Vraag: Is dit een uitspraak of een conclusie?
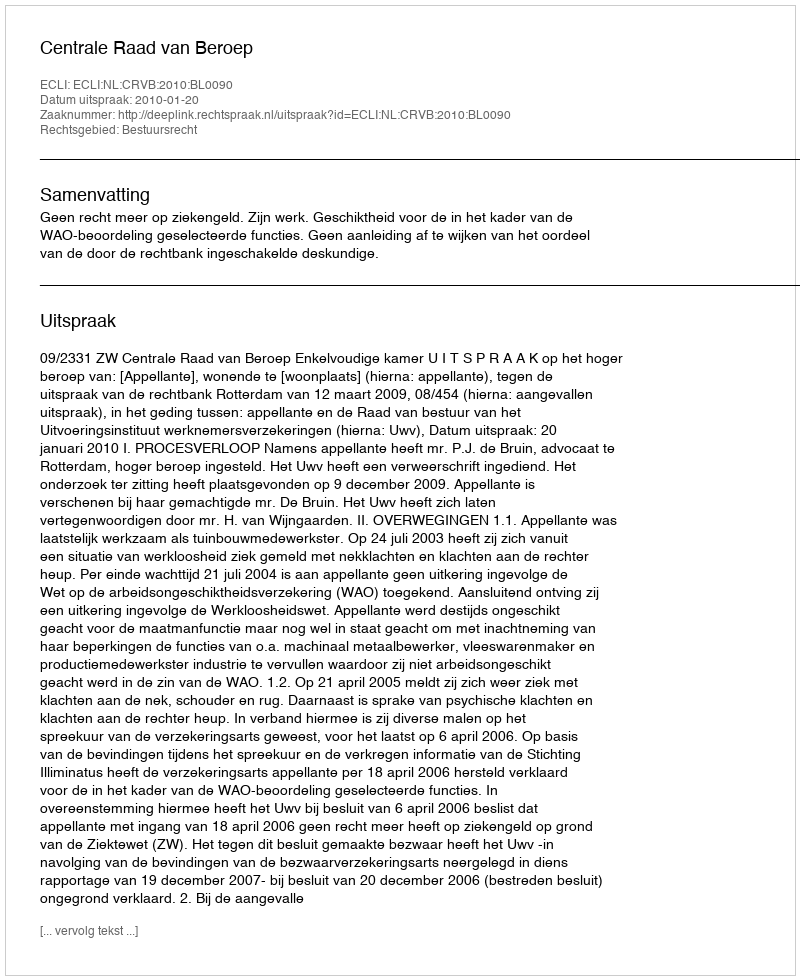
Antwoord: Uitspraak